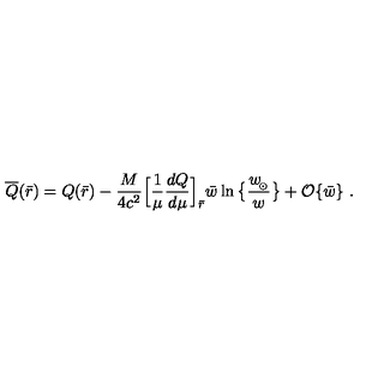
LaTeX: \overline { Q } ( \bar { r } ) = Q ( \bar { r } ) - { \frac { M } { 4 c ^ { 2 } } } \Big [ { \frac { 1 } { \mu } } { \frac { d Q } { d \mu } } \Big ] _ { \bar { r } } \bar { w } \ln \big \{ { \frac { w _ { \! _ { \odot } } } { w } } \big \} + { \cal O } \{ \bar { w } \} \ .